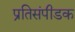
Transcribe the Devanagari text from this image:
प्रतिसंपीडक